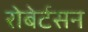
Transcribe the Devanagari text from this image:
रोबेर्टसन